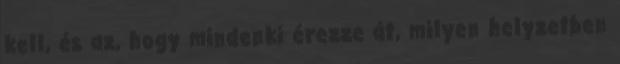
kell, és az, hogy mindenki érezze át, milyen helyzetben